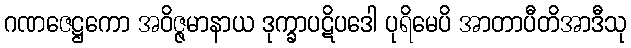
ဂဏဇေဋ္ဌကော အဝိဇ္ဇမာနာယ ဒုက္ခာပဋိပဒေါ ပုရိမေပိ အာတာပီတိအာဒီသု